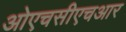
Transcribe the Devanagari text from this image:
ओएचसीएचआर